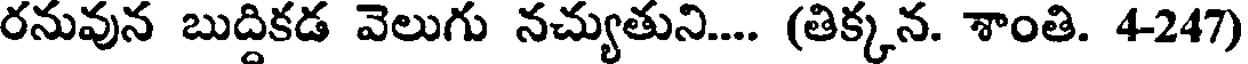
రనువున బుద్దికడ వెలుగు నచ్యుతుని.... (తిక్కన. శాంతి. 4-247)